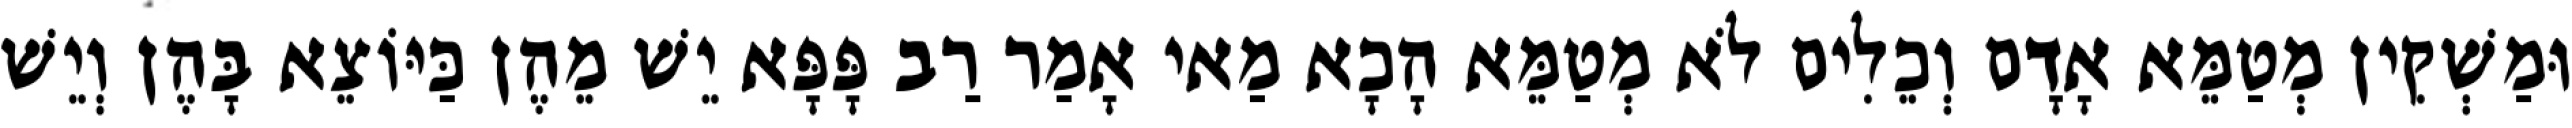
וּמַשְׁקִין מְטַמֵּא אָדָם וְכֵלִים לֹא מְטַמֵּא הָכָא מַאי אָמַר רַב פָּפָּא יֵשׁ מֵהֶן כַּיּוֹצֵא בָּהֶן וְיֵשׁ